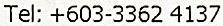
TEL: +603-3362 4137